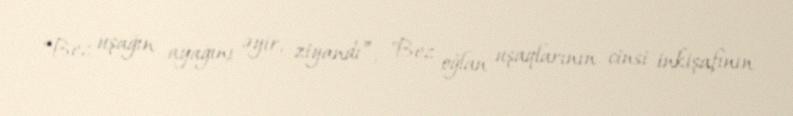
“Bez uşağın ayağını əyir, ziyandı”, "Bez oğlan uşaqlarının cinsi inkişafının